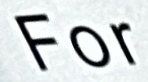
For